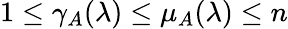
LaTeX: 1\leq\gamma_{A}(\lambda)\leq\mu_{A}(\lambda)\leq n